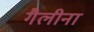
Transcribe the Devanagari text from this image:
गैलीना